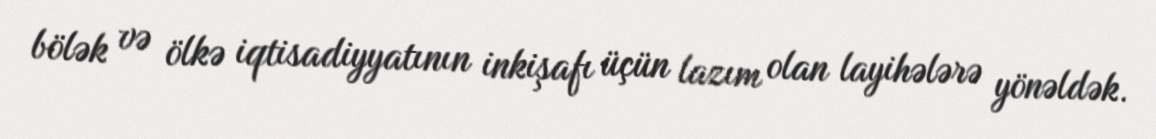
bölək və ölkə iqtisadiyyatının inkişafı üçün lazım olan layihələrə yönəldək.